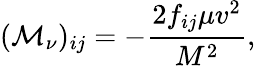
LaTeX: ({\cal M}_{\nu})_{ij}=-{\frac{2f_{ij}\mu v^{2}}{M^{2}}},